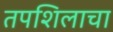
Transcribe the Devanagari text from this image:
तपशिलाचा